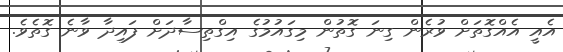
އެއީ އެއްގޮތަށް ވުރެން ގިނަ ގޮތުން މިގައުމުގެ އިގްތިސާދަށް ފައިދާ ވާނެ ގޮތެވެ.